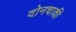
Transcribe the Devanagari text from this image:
दोनचाकी